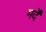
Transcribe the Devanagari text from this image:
मर्दें